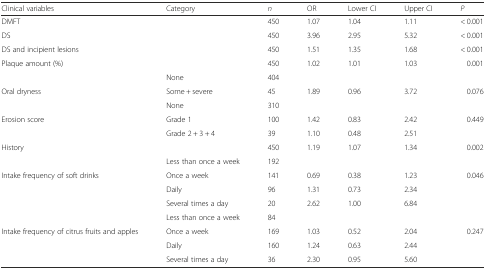
| Clinical variables | Category | n | OR | Lower CI | Upper CI | P |
 | --- | --- | --- | --- | --- | --- | --- |
 | DMFT |  | 450 | 1.07 | 1.04 | 1.11 | < 0.001 |
 | DS |  | 450 | 3.96 | 2.95 | 5.32 | < 0.001 |
 | DS and incipient lesions |  | 450 | 1.51 | 1.35 | 1.68 | < 0.001 |
 | Plaque amount (%) |  | 450 | 1.02 | 1.01 | 1.03 | 0.001 |
 |  | None | 404 |  |  |  |  |
 | Oral dryness | Some + severe | 45 | 1.89 | 0.96 | 3.72 | 0.076 |
 |  | None | 310 |  |  |  |  |
 | Erosion score | Grade 1 | 100 | 1.42 | 0.83 | 2.42 | <ROWSPAN=2> 0.449 |
 |  | Grade 2 + 3 + 4 | 39 | 1.10 | 0.48 | 2.51 |
 | History |  | 450 | 1.19 | 1.07 | 1.34 | 0.002 |
 |  | Less than once a week | 192 |  |  |  |  |
 | Intake frequency of soft drinks | Once a week | 141 | 0.69 | 0.38 | 1.23 | <ROWSPAN=3> 0.046 |
 |  | Daily | 96 | 1.31 | 0.73 | 2.34 |
 |  | Several times a day | 20 | 2.62 | 1.00 | 6.84 |
 |  | Less than once a week | 84 |  |  |  |  |
 | Intake frequency of citrus fruits and apples | Once a week | 169 | 1.03 | 0.52 | 2.04 | 0.247 |
 |  | Daily | 160 | 1.24 | 0.63 | 2.44 |  |
 |  | Several times a day | 36 | 2.30 | 0.95 | 5.60 |  |